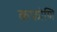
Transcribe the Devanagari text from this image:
कफोणि